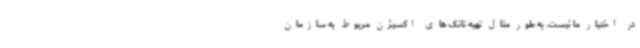
در اختیار ما نیست. به ‌طور مثال تهیه تانک های اکسیژن مربوط به سازمان